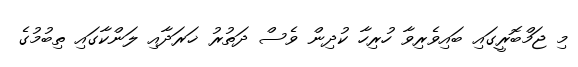
މި ޖަމްބޮރީގައި ބައިވެރިވާ ހުރިހާ ކުދިން ވެސް ދަތުރު ޚަރަދާއި ލަންކާގައި ތިބުމުގެ